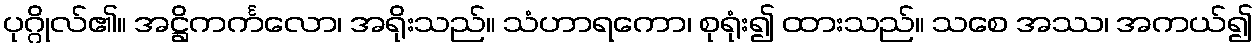
ပုဂ္ဂိုလ်၏။ အဋ္ဌိကင်္ကလော၊ အရိုးသည်။ သံဟာရကော၊ စုရုံး၍ ထားသည်။ သစေ အဿ၊ အကယ်၍